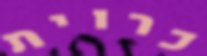
כרוית